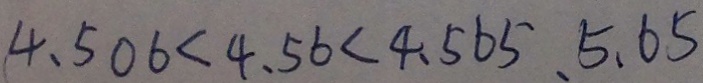
4 . 5 0 6 < 4 . 5 6 < 4 . 5 6 5 、 5 . 6 5